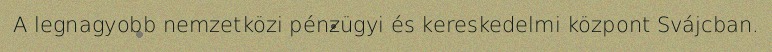
A legnagyobb nemzetközi pénzügyi és kereskedelmi központ Svájcban.